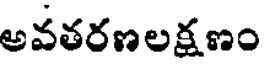
అవతరణలక్షణం